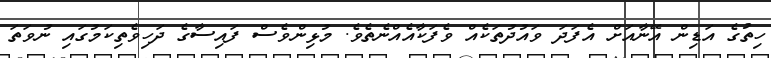
ހިތުގެ އަޑިން އޭނާއަށް އެފަދަ ވައުދުތަކެއް ވެފަކާއެއްނެތެވެ. މުޅިންވެސް ފައިސާގެ ދަހިވެތިކަމުގައި ނުވަތަ